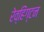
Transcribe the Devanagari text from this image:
रेव्हिंग्टन